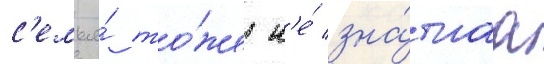
с'емья́ то́же н'е́ зна́тнаа